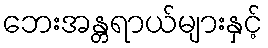
ဘေးအန္တရာယ်များနှင့်